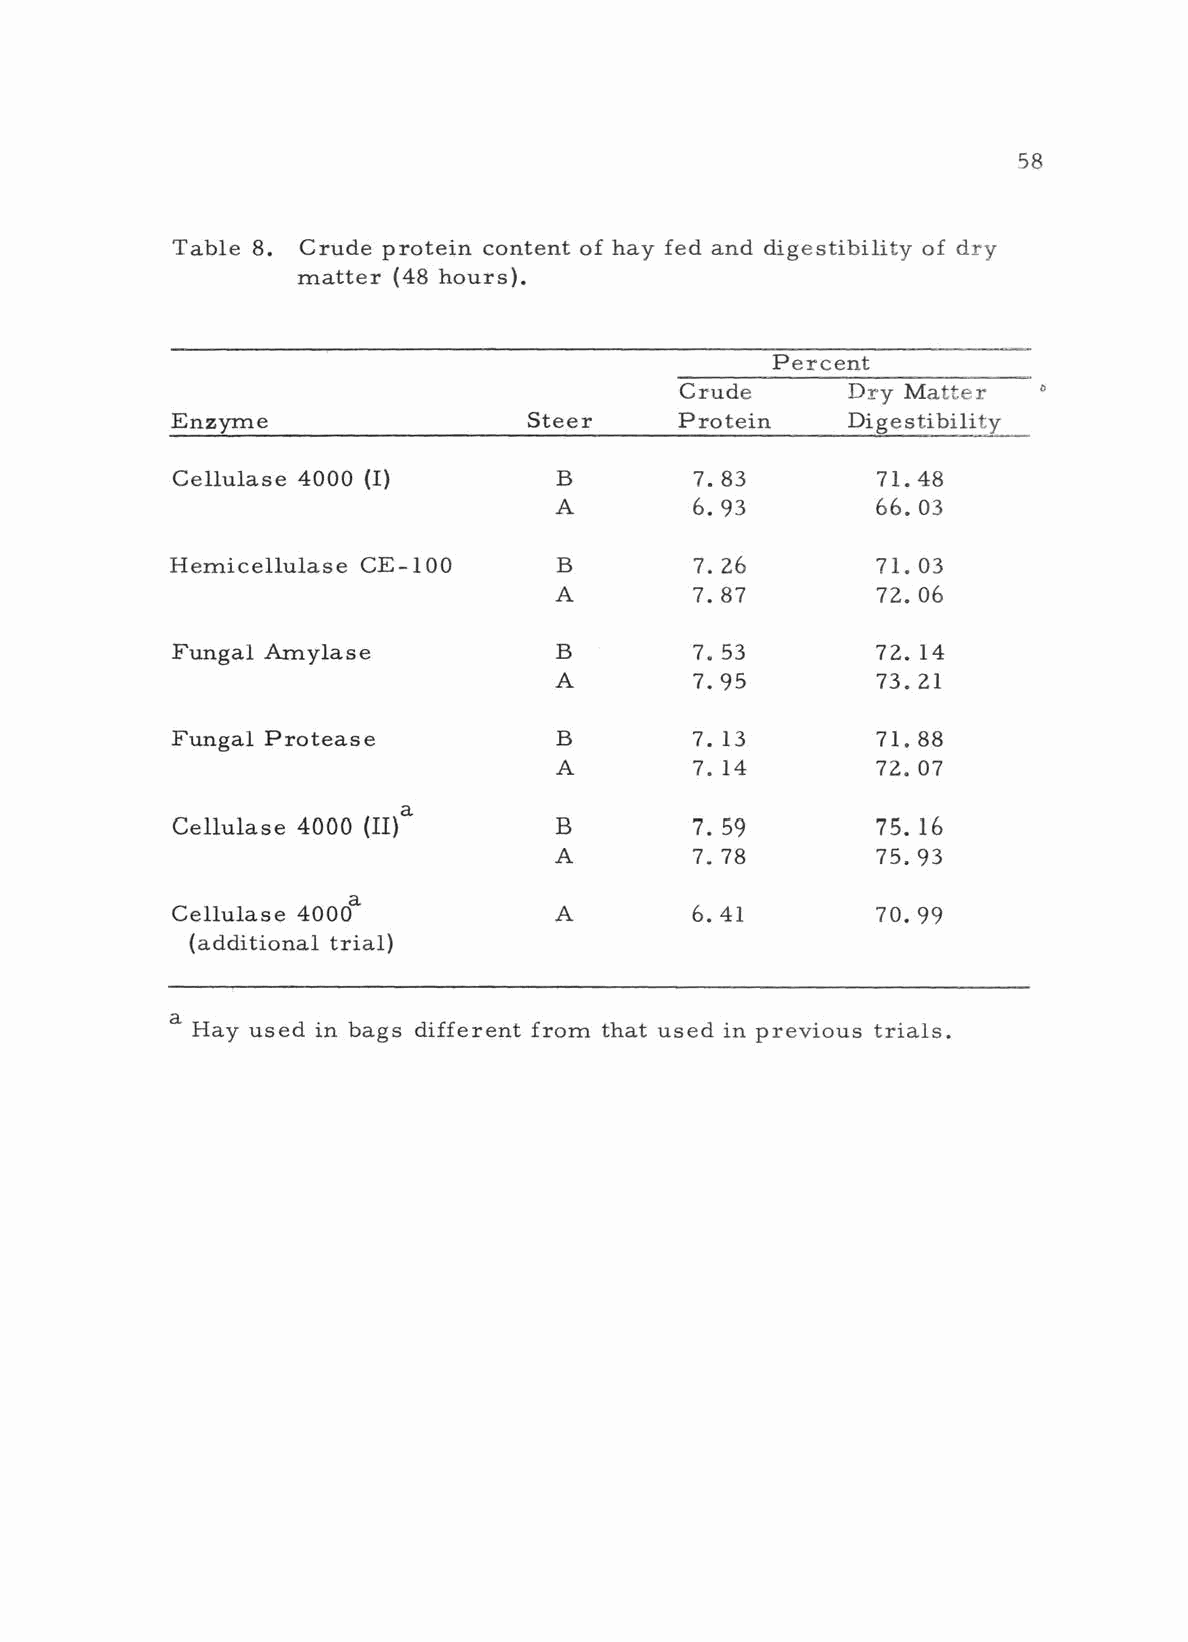
58
 Table 8. Crude protein content of hay fed and digestibility of dry
 matter (48 hours).
 Percent
 Crude      Dry Matter
 °
 Enzyme                  Steer     Protein    Digestibility
 Cellulase 4000 (I)        B        7. 83       71.48
 A        6. 93       66. 03
 Hemicellulase CE-100      B        7.26        71.03
 A        7. 87       72. 06
 Fungal Amylase            B        7. 53       72. 14
 A        7. 95       73. 21
 Fungal Protease           B        7. 13       71.88
 A        7. 14       72. 07
 Cellulase 4000 (II)a      B        7. 59       75. 16
 A        7. 78       75. 93
 Cellulase 4000a           A        6.41        70. 99
 (additional trial)
 a
 Hay used in bags different from that used in previous trials.